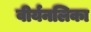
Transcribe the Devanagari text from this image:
वीर्यनलिका